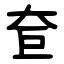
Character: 奆